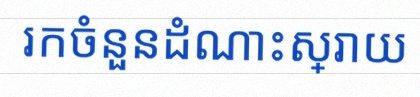
រកចំនួនដំណោះស្រាយ